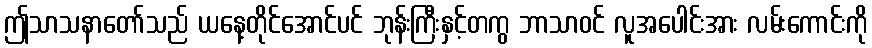
ဤသာသနာတော်သည် ယနေ့တိုင်အောင်ပင် ဘုန်းကြီးနှင့်တကွ ဘာသာဝင် လူအပေါင်းအား လမ်းကောင်းကို